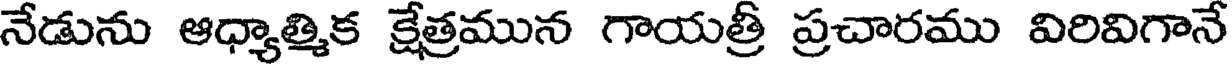
నేడును ఆధ్యాత్మిక క్షేత్రమున గాయత్రీ ప్రచారము విరివిగానే